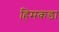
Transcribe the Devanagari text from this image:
हिमकडा